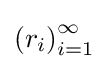
\left(r_{i}\right)_{i=1}^{\infty }